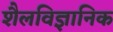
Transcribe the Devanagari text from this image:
शैलविज्ञानिक